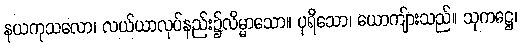
နယကုသလော၊ လယ်ယာလုပ်နည်း၌လိမ္မာသော။ ပုရိသော၊ ယောကျ်ားသည်။ သုကဋ္ဌေ၊